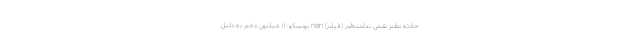
حادثه نطنز نقش نداشته‌ایم (فیلم) nan یونسکو: ۱۱ میلیون دختر به دلیل